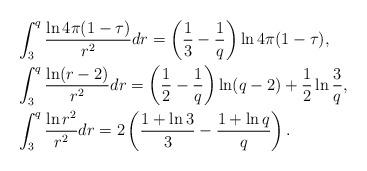
LaTeX: \begin{align*}&\int_{3}^{q}\frac{\ln4\pi(1-\tau)}{r^{2}}dr=\left(\frac{1}{3}-\frac{1}{q}\right)\ln4\pi(1-\tau),\\&\int_{3}^{q}\frac{\ln(r-2)}{r^{2}}dr=\left(\frac{1}{2}-\frac{1}{q}\right)\ln(q-2)+\frac{1}{2}\ln\frac{3}{q},\\&\int_{3}^{q}\frac{\ln r^{2}}{r^{2}}dr=2\left(\frac{1+\ln3}{3}-\frac{1+\ln q}{q}\right).\end{align*}